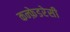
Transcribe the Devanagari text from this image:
कन्फ़ेडरेसी